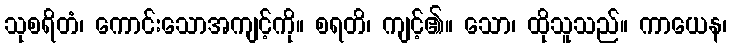
သုစရိတံ၊ ကောင်းသောအကျင့်ကို။ စရတိ၊ ကျင့်၏။ သော၊ ထိုသူသည်။ ကာယေန၊